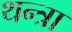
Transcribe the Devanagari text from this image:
थन्त्रा